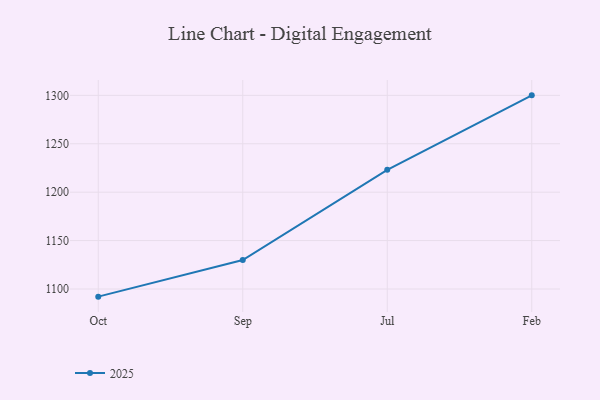
{"axis": {"x": "Month", "y": "Shipments"}, "legend": ["2025"], "data": [{"x": "Oct", "y": 1092.1, "type": "2025"}, {"x": "Sep", "y": 1129.9, "type": "2025"}, {"x": "Jul", "y": 1223.1, "type": "2025"}, {"x": "Feb", "y": 1300.0, "type": "2025"}]}